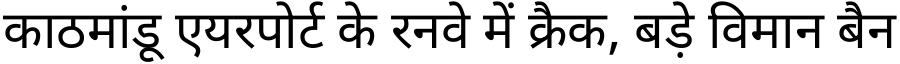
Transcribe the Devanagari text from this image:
काठमांडू एयरपोर्ट के रनवे में क्रैक, बड़े विमान बैन